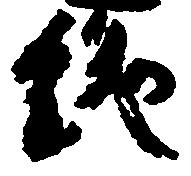
絶